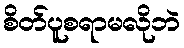
စိတ်ပူစရာမလိုဘဲ